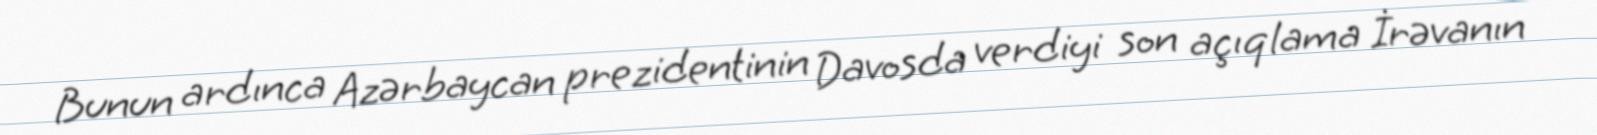
Bunun ardınca Azərbaycan prezidentinin Davosda verdiyi son açıqlama İrəvanın